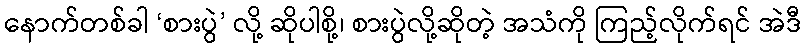
နောက်တစ်ခါ ‘စားပွဲ’ လို့ ဆိုပါစို့၊ စားပွဲလို့ဆိုတဲ့ အသံကို ကြည့်လိုက်ရင် အဲဒီ